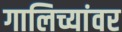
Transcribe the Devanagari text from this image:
गालिच्यांवर